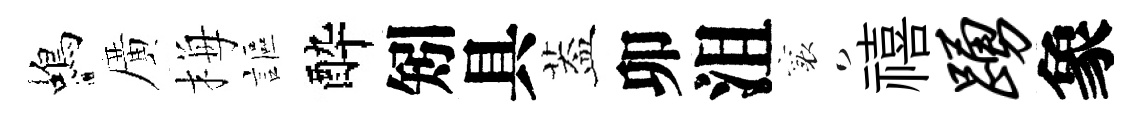
蝎廣梅謳酔矧具葢卯沮襄禧踊象